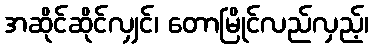
အဆိုင်ဆိုင်လျှင်၊ တောမြိုင်လည်လှည့်၊